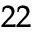
^ { 2 2 }